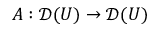
A : { \mathcal { D } } ( U ) \to { \mathcal { D } } ( U )